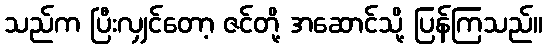
သည်က ပြီးလျှင်တော့ ဇင်တို့ အဆောင်သို့ ပြန်ကြသည်။